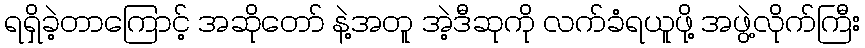
ရရှိခဲ့တာကြောင့် အဆိုတော် နဲ့အတူ အဲ့ဒီဆုကို လက်ခံရယူဖို့ အဖွဲ့လိုက်ကြီး